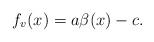
\begin{align*} f_v(x)= a\beta(x)-c.\end{align*}